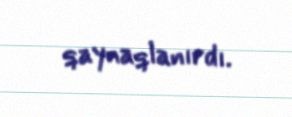
qaynaqlanırdı.